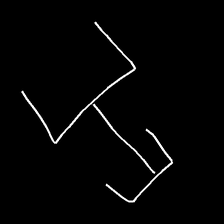
Glyph: entwine